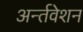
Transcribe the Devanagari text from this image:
अर्न्तवेशन